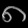
Digit: ၈